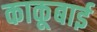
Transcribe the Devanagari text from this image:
काकूबाई